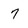
Character: 7